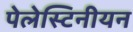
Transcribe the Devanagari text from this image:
पेलेस्टिनीयन